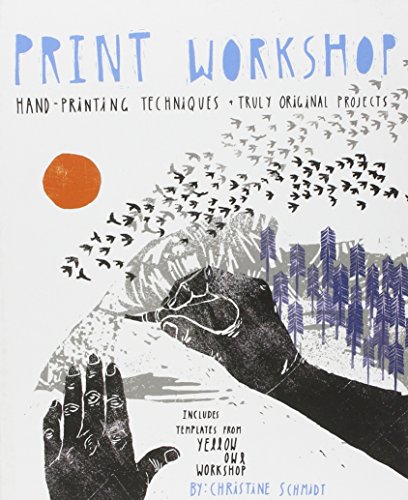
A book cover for Print Workshop: Hand-Printing Techniques and Truly Original Projects; Christine Schmidt; Arts & Photography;